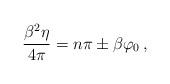
LaTeX: \begin{align*}\frac{\beta^{2}\eta}{4\pi}=n\pi \pm \beta\varphi_{0}\,,\end{align*}